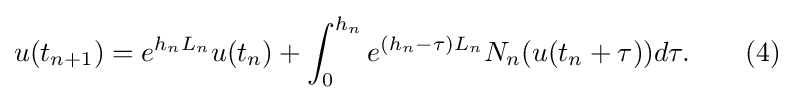
u(t_{n+1})=e^{h_{n}L_{n}}u(t_{n})+\int _{0}^{h_{n}}e^{(h_{n}-\tau )L_{n}}N_{n}(u(t_{n}+\tau ))d\tau .\qquad (4)